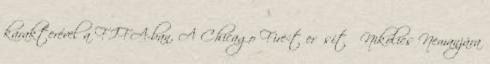
karakterével a FIFA-ban. A Chicago Fire-t erősítő Nikolics Nemanjára